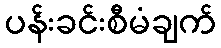
ပန်းခင်းစီမံချက်